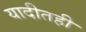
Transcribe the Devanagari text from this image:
यादीतही